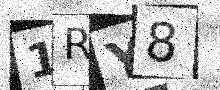
Text: 1RY8